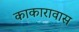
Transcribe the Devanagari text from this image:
काकारावास